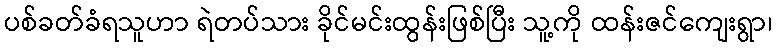
ပစ်ခတ်ခံရသူဟာ ရဲတပ်သား ခိုင်မင်းထွန်းဖြစ်ပြီး သူ့ကို ထန်းဇင်ကျေးရွာ၊